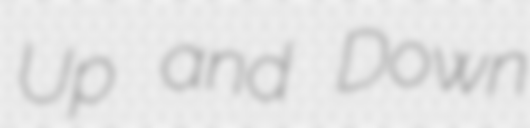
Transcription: Up and Down